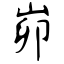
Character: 峁